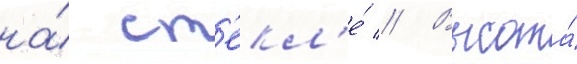
на́ ст'екл'е́ // Высота́